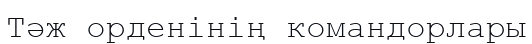
Тәж орденінің командорлары